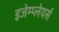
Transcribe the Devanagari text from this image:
इजेम्प्लेयर्स